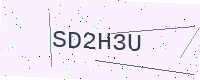
Text: SD2H3U